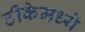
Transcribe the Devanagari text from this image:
टीकेमध्ये